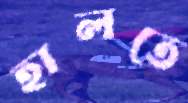
হালতে